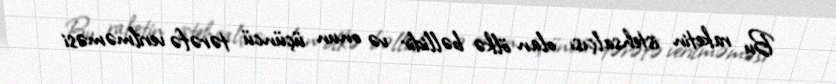
Bu raketin istehsalçısı olan ölkə bəllidir və onun üçüncü tərəfə verilməməsi